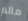
مالم